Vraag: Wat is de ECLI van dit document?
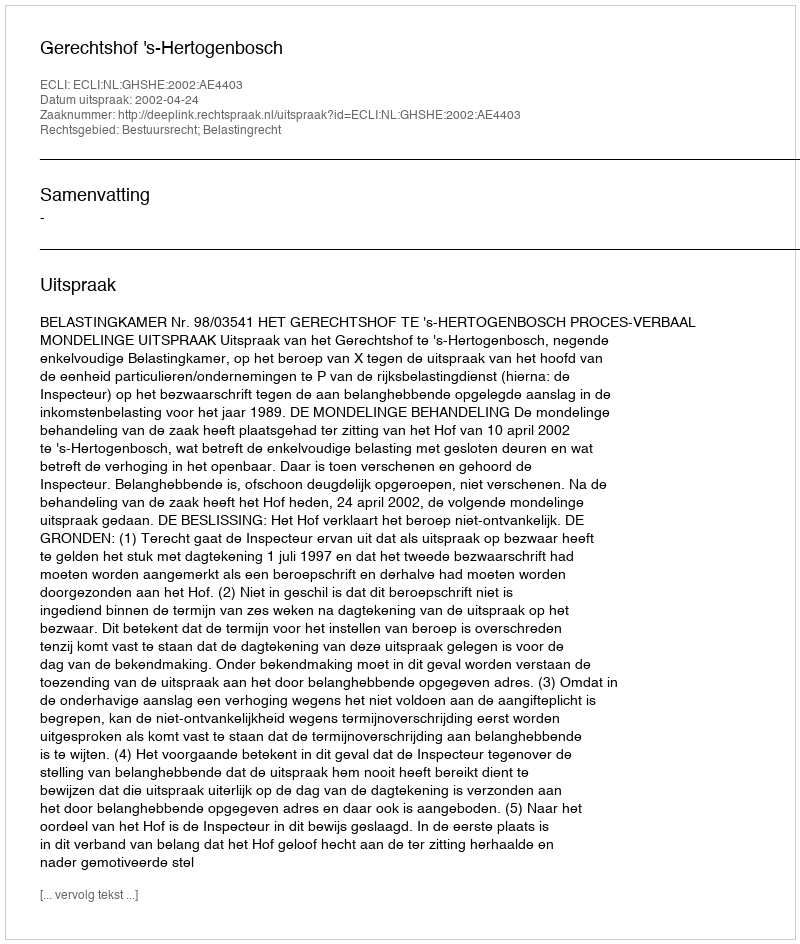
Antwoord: ECLI:NL:GHSHE:2002:AE4403